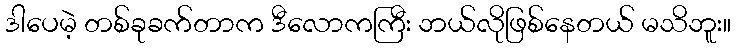
ဒါပေမဲ့ တစ်ခုခက်တာက ဒီလောကကြီး ဘယ်လိုဖြစ်နေတယ် မသိဘူး။